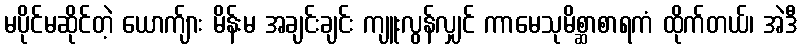
မပိုင်မဆိုင်တဲ့ ယောက်ျား မိန်းမ အချင်းချင်း ကျူးလွန်လျှင် ကာမေသုမိစ္ဆာစာရကံ ထိုက်တယ်၊ အဲဒီ